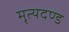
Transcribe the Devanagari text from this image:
मृत्यदण्ड